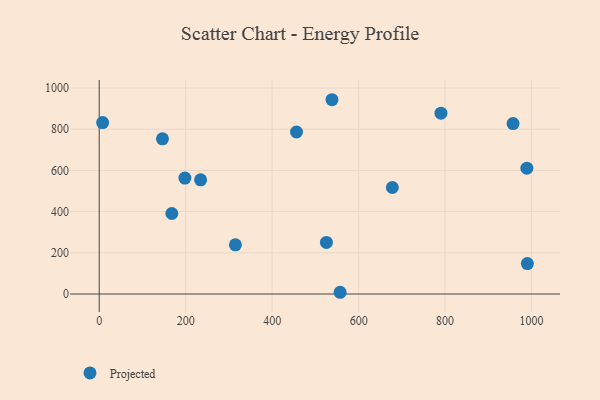
{"axis": {"x": "Engine Size", "y": "Sales"}, "legend": ["Projected"], "data": [{"x": "557.2", "y": 8.4, "type": "Projected"}, {"x": "989.1", "y": 611.0, "type": "Projected"}, {"x": "168.0", "y": 390.9, "type": "Projected"}, {"x": "198.2", "y": 562.6, "type": "Projected"}, {"x": "315.0", "y": 238.6, "type": "Projected"}, {"x": "525.5", "y": 250.4, "type": "Projected"}, {"x": "538.4", "y": 943.2, "type": "Projected"}, {"x": "7.9", "y": 832.1, "type": "Projected"}, {"x": "456.3", "y": 786.5, "type": "Projected"}, {"x": "678.0", "y": 517.1, "type": "Projected"}, {"x": "957.2", "y": 827.3, "type": "Projected"}, {"x": "234.5", "y": 554.1, "type": "Projected"}, {"x": "790.4", "y": 877.9, "type": "Projected"}, {"x": "990.3", "y": 147.5, "type": "Projected"}, {"x": "146.3", "y": 753.4, "type": "Projected"}]}